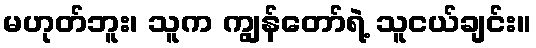
မဟုတ်ဘူး၊ သူက ကျွန်တော်ရဲ့ သူငယ်ချင်း။